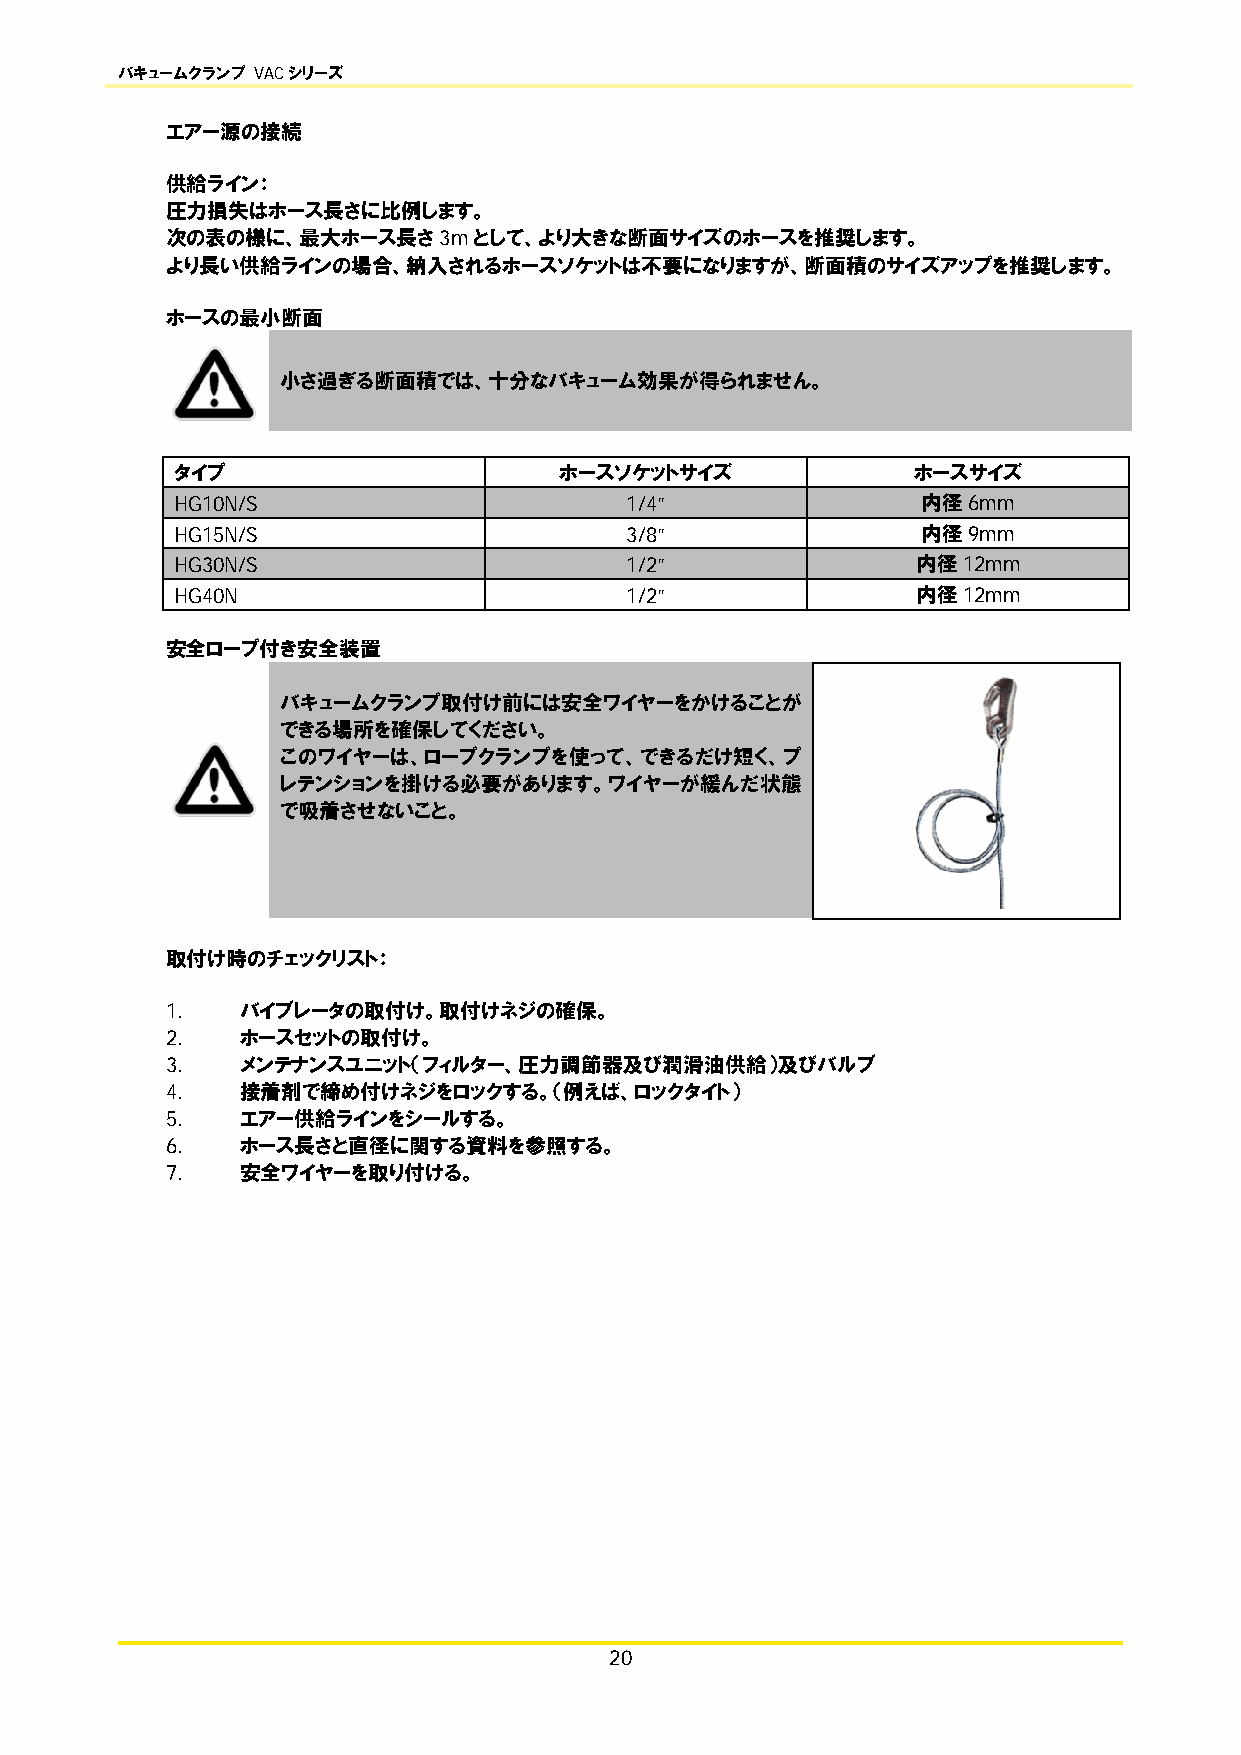
バキュームクランプ VACシリーズ
 エアー源の接続
 供給ライン：
 圧力損失はホース長さに比例します。
 次の表の様に、最大ホース長さ3mとして、より大きな断面サイズのホースを推奨します。
 より長い供給ラインの場合、納入されるホースソケットは不要になりますが、断面積のサイズアップを推奨します。
 ホースの最小断面
 小さ過ぎる断面積では、十分なバキューム効果が得られません。
 タイプ                      ホースソケットサイズ             ホースサイズ
 HG10N/S                      1/4”                内径6mm
 HG15N/S                      3/8”                内径9mm
 HG30N/S                      1/2”                内径12mm
 HG40N                        1/2”                内径12mm
 安全ロープ付き安全装置
 バキュームクランプ取付け前には安全ワイヤーをかけることが
 できる場所を確保してください。
 このワイヤーは、ロープクランプを使って、できるだけ短く、プ
 レテンションを掛ける必要があります。ワイヤーが緩んだ状態
 で吸着させないこと。
 取付け時のチェックリスト：
 1.   バイブレータの取付け。取付けネジの確保。
 2.   ホースセットの取付け。
 3.   メンテナンスユニット（フィルター、圧力調節器及び潤滑油供給）及びバルブ
 4.   接着剤で締め付けネジをロックする。（例えば、ロックタイト）
 5.   エアー供給ラインをシールする。
 6.   ホース長さと直径に関する資料を参照する。
 7.   安全ワイヤーを取り付ける。
 20